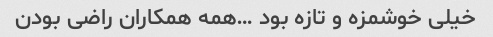
خیلی خوشمزه و تازه بود …همه همکاران راضی بودن